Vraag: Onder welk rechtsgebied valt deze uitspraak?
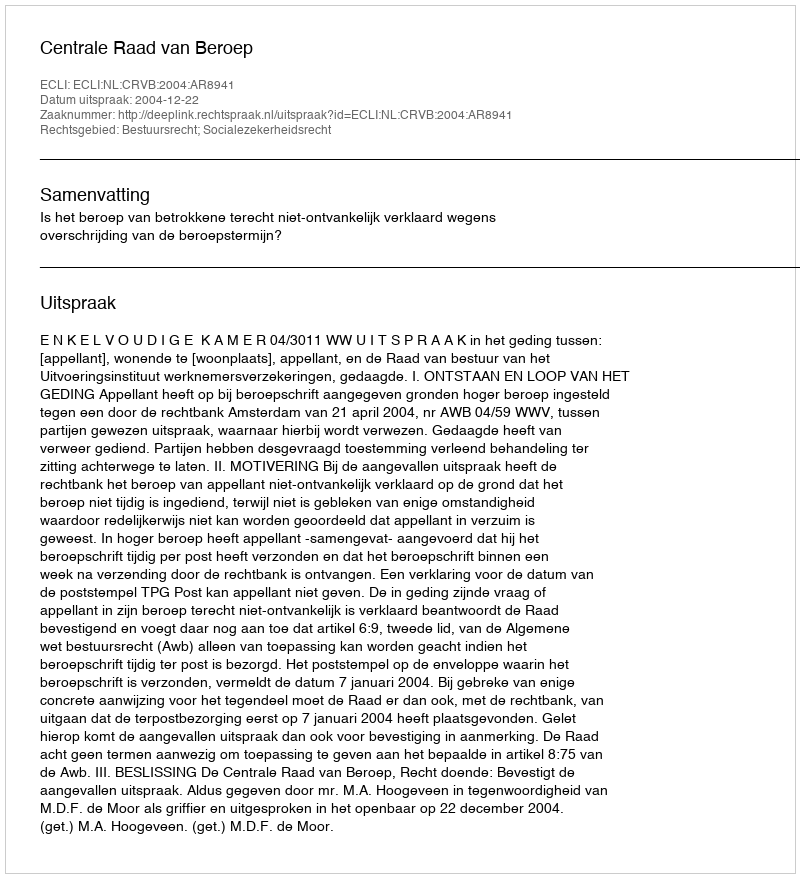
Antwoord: Bestuursrecht; Socialezekerheidsrecht